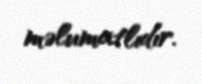
məlumatlıdır.